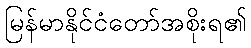
မြန်မာနိုင်ငံတော်အစိုးရ၏